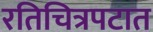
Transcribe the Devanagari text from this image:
रतिचित्रपटात